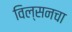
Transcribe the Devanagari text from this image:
विल्सनचा